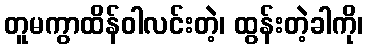
တူမကွာထိန်ဝါလင်းတဲ့၊ ထွန်းတဲ့ခါကို၊